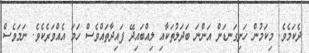
ދެކަމެވެ. މިކަމުން ހަށިގަނޑަށް އަންނަ ބަދަލުތަކާއި ލިއްބައިދޭ ފައިދާތައްވެސް ހަމަ އެއްވަރެކެވެ. ނަމަވެސް